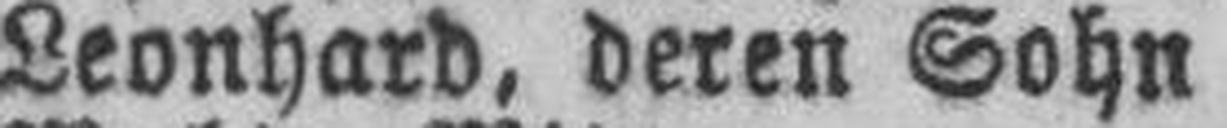
Leonhard, deren Sohn